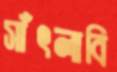
সাঁৎলাবি